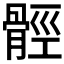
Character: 𩩋